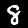
Digit: 8